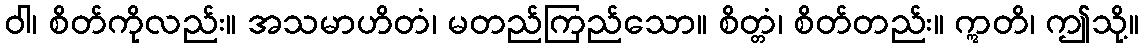
ဝါ၊ စိတ်ကိုလည်း။ အသမာဟိတံ၊ မတည်ကြည်သော။ စိတ္တံ၊ စိတ်တည်း။ ဣတိ၊ ဤသို့။